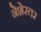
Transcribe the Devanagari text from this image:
नेशेस्तर